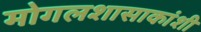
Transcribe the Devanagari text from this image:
मोगलशासाकांशी